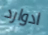
ادوارد